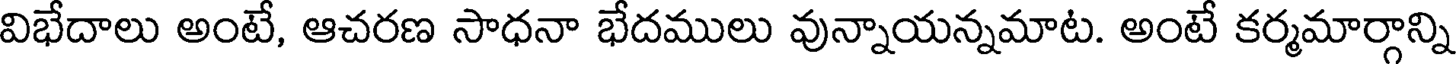
విభేదాలు అంటే, ఆచరణ సాధనా భేదములు వున్నాయన్నమాట. అంటే కర్మమార్గాన్ని